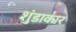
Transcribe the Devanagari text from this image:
शुंडाकार